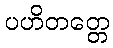
ပဟိတတ္တေ